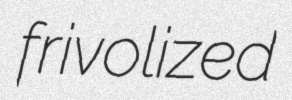
frivolized